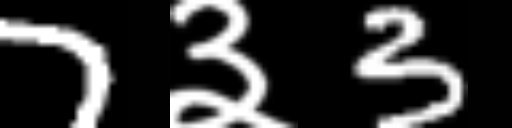
Text: 7३3